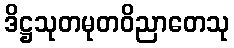
ဒိဋ္ဌသုတမုတဝိညာတေသု